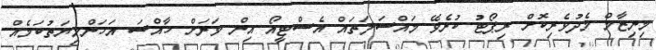
މިނިޒާމް މެދުވެރިކޮށް ރިޕޯޓު ކުރެވޭ މައްސަލަތައް އެސްޓީއޯ އިން ވަރަށް ހާއްސަ އަހަންމިޔަތުކަމެއް